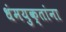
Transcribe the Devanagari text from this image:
धंमयुक्तांना